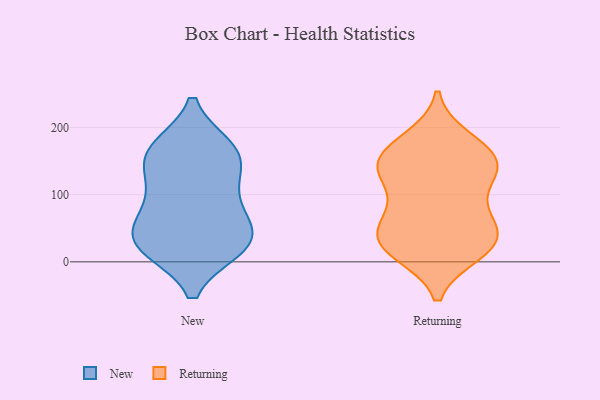
{"axis": {"x": "Production Output", "y": "Value"}, "legend": ["New", "Returning"], "data": [{"x": "", "y": 39, "type": "New"}, {"x": "", "y": 80, "type": "New"}, {"x": "", "y": 170, "type": "New"}, {"x": "", "y": 137, "type": "New"}, {"x": "", "y": 169, "type": "New"}, {"x": "", "y": 20, "type": "New"}, {"x": "", "y": 166, "type": "New"}, {"x": "", "y": 21, "type": "New"}, {"x": "", "y": 21, "type": "New"}, {"x": "", "y": 51, "type": "New"}, {"x": "", "y": 58, "type": "New"}, {"x": "", "y": 120, "type": "New"}, {"x": "", "y": 23, "type": "New"}, {"x": "", "y": 159, "type": "New"}, {"x": "", "y": 98, "type": "New"}, {"x": "", "y": 48, "type": "Returning"}, {"x": "", "y": 18, "type": "Returning"}, {"x": "", "y": 15, "type": "Returning"}, {"x": "", "y": 183, "type": "Returning"}, {"x": "", "y": 59, "type": "Returning"}, {"x": "", "y": 76, "type": "Returning"}, {"x": "", "y": 35, "type": "Returning"}, {"x": "", "y": 42, "type": "Returning"}, {"x": "", "y": 13, "type": "Returning"}, {"x": "", "y": 144, "type": "Returning"}, {"x": "", "y": 83, "type": "Returning"}, {"x": "", "y": 171, "type": "Returning"}, {"x": "", "y": 149, "type": "Returning"}, {"x": "", "y": 140, "type": "Returning"}, {"x": "", "y": 26, "type": "Returning"}, {"x": "", "y": 170, "type": "Returning"}, {"x": "", "y": 138, "type": "Returning"}, {"x": "", "y": 129, "type": "Returning"}, {"x": "", "y": 126, "type": "Returning"}]}